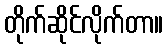
တိုက်ဆိုင်လိုက်တာ။